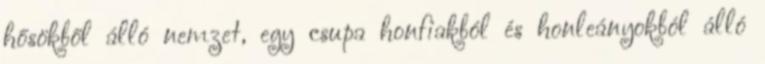
hősökből álló nemzet, egy csupa honfiakból és honleányokból álló